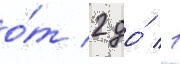
о́т 2 до́ 1